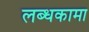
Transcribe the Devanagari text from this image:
लब्धकामा